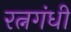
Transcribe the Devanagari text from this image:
रत्नगंधी